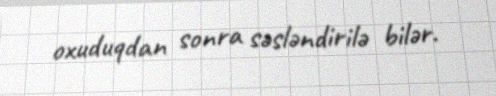
oxuduqdan sonra səsləndirilə bilər.